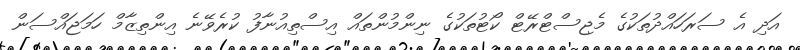
އަދި އެ ސަރަހައްދުތަކުގެ މެޖިސްޓްރޭޓް ކޯޓުތަކުގެ ނިންމުންތައް އިސްތިއުނާފު ކުރެވޭނެ އިންތިޒާމް ހަމަޖައްސަން